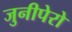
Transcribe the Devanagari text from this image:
जुनीपेरो